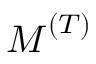
\boldsymbol { M } ^ { ( T ) }